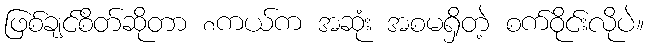
ဖြစ်ချင်စိတ်ဆိုတာ ၈ကယ်က အဆုံး အစမရှိတဲ့ စက်ဝိုင်းလိုပဲ။